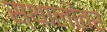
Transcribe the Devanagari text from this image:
स्थालांतर